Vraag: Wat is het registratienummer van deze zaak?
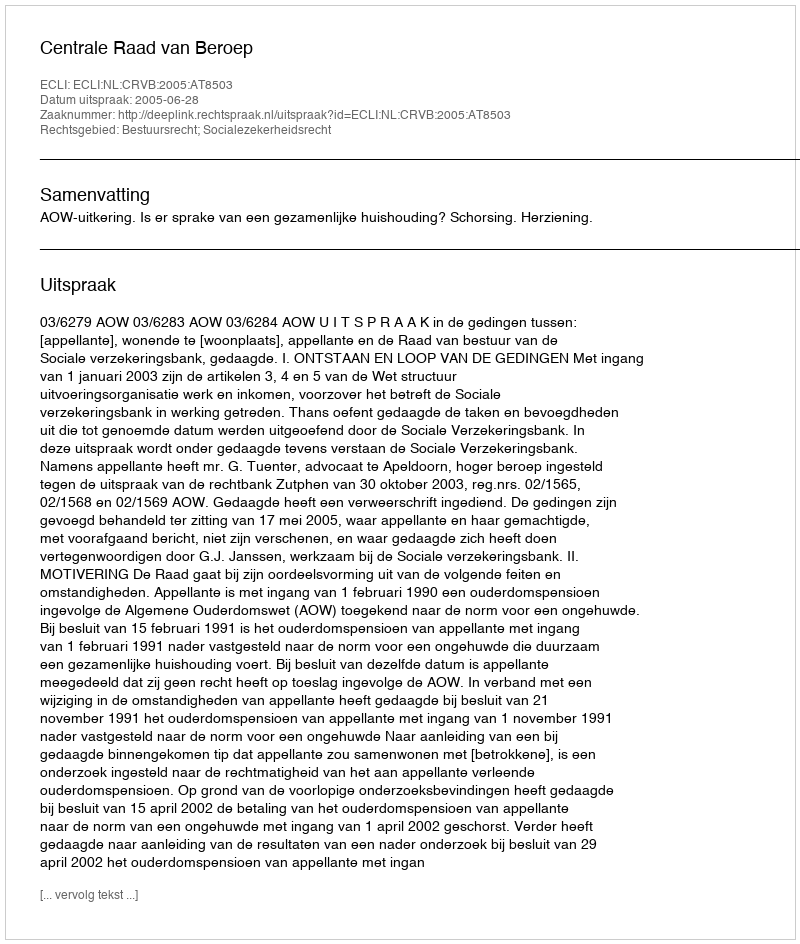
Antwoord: http://deeplink.rechtspraak.nl/uitspraak?id=ECLI:NL:CRVB:2005:AT8503